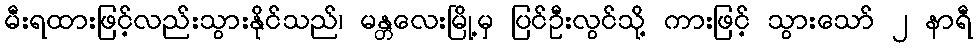
မီးရထားဖြင့်လည်းသွားနိုင်သည်၊ မန္တလေးမြို့မှ ပြင်ဦးလွင်သို့ ကားဖြင့် သွားသော် ၂ နာရီ